Civil Veterinary Department. Madras. Admin. report 1926-33 - 1926-1933
Year: 1926
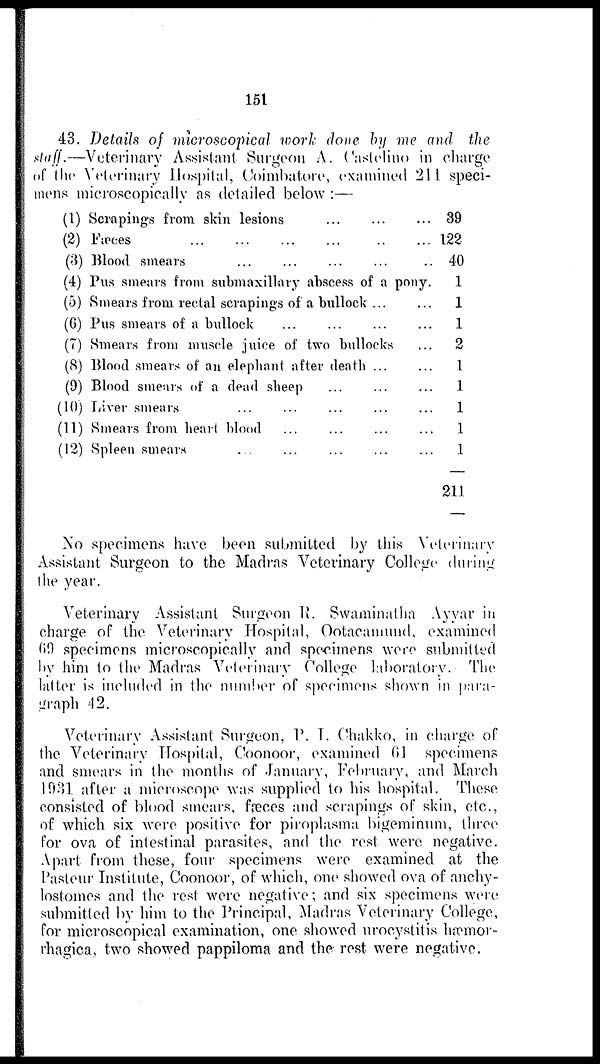
151
43. Details of microscopical work done by me and the
staff.—Veterinary Assistant Surgeon A. Castelino in charge
of the Veterinary Hospital, Coimbatore, examined 211 speci-
mens microscopically as detailed below :—
(1) Scrapings from skin lesions ... ... ...
(2) Fæces ... ... ... ...
(3) Blood smears ... ... ...
(4) Pus smears from submaxillary abscess of a pony.
(5) Smears from rectal scrapings of a bullock
...
...
(6) Pus smears of a bullock ... ... ... ...
(7) Smears from muscle juice of two bullocks ...
(8) Blood smears of an elephant after death ... ...
(9) Blood smears of a dead sheep
...
...
...
(10) Liver smears ... ... ... ... ...
(11) Smears from heart blood ... ... ... ...
(12) Spleen smears ... ... ... ... ...
39
122
40
1
1
1
2
1
1
1
1
1
211
No specimens have been submitted by this Veterinary
Assistant Surgeon to the Madras Veterinary College during
the year.
Veterinary Assistant Surgeon R. Swaminatha Ayyar in
charge of the Veterinary Hospital, Ootacamund, examined
69 specimens microscopically and specimens were submitted
by him to the Madras Veterinary College laboratory. The
latter is included in the number of specimens shown in para-
graph 42.
Veterinary Assistant Surgeon, P. T. Chakko, in charge of
the Veterinary Hospital, Coonoor, examined 61 specimens
and smears in the months of January, February, and March
1931 after a microscope was supplied to his hospital. These
consisted of blood smears, fæces and scrapings of skin, etc.,
of which six were positive for piroplasma bigeminum, three
for ova of intestinal parasites, and the rest were negative.
Apart from these, four specimens were examined at the
Pasteur Institute, Coonoor, of which, one showed ova of anchy-
lostomes and the rest were negative; and six specimens were
submitted by him to the Principal, Madras Veterinary College,
for microscopical examination, one showed urocystitis hæmor-
rhagica, two showed pappiloma and the rest were negative.